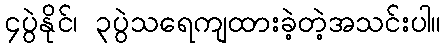
၄ပွဲနိုင်၊ ၃ပွဲသရေကျထားခဲ့တဲ့အသင်းပါ။